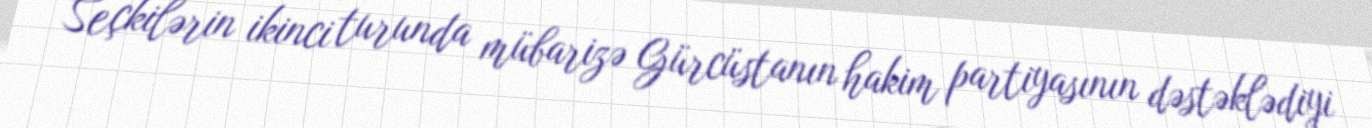
Seçkilərin ikinci turunda mübarizə Gürcüstanın hakim partiyasının dəstəklədiyi